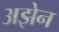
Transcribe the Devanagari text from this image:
अझेन